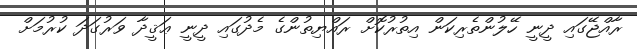
ރާއްޖޭގައި ދީނީ ހޭލުންތެރިކަން އިތުރުކޮށް ރައްޔިތުންގެ މެދުގައި ދީނީ ޢަޤީދާ ވަރުގަދަ ކުރުމަށް